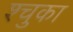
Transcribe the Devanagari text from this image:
श्चुका